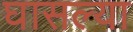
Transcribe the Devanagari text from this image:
घासल्या